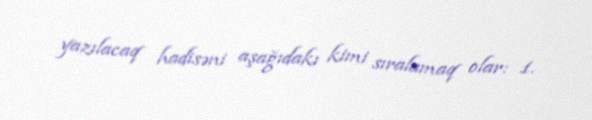
yazılacaq hadisəni aşağıdakı kimi sıralamaq olar: 1.